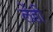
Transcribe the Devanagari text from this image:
लेंडीं